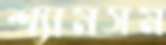
শ্যামসম